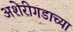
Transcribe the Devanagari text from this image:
अशेरीगडाच्या